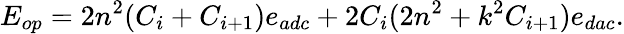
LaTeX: E_{op}=2n^{2}(C_{i}+C_{i+1})e_{adc}+2C_{i}(2n^{2}+k^{2}C_{i+1})e_{dac}.